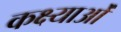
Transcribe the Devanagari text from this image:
कक्ष्याओं